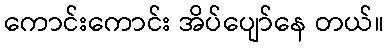
ကောင်းကောင်း အိပ်ပျော်နေ တယ်။